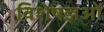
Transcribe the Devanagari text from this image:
विशेषज्ञओं